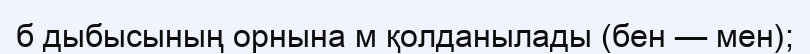
б дыбысының орнына м қолданылады (бен — мен);